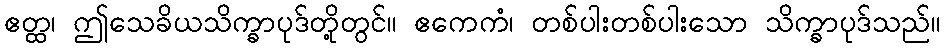
ဧတ္ထ၊ ဤသေခိယသိက္ခာပုဒ်တို့တွင်။ ဧကေကံ၊ တစ်ပါးတစ်ပါးသော သိက္ခာပုဒ်သည်။